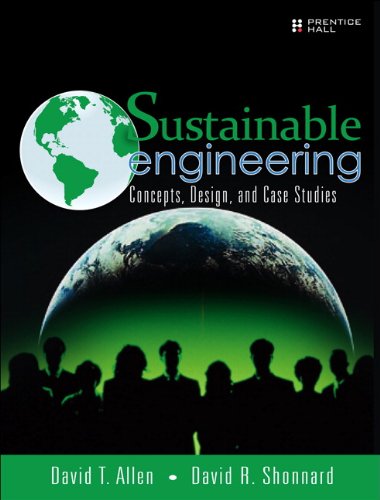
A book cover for Sustainable Engineering: Concepts, Design and Case Studies; David T. Allen; Engineering & Transportation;